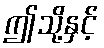
ဤသို့နှင့်